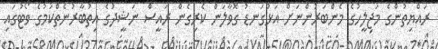
ރައްޔިތުންގެ މަޖިލީހުގެ މެންބަރުންނަށް އަޅުގަނޑު ގޮވާލަން ކެރިގެން ރައީސް ނަޝީދުގެ އިތުބާރުނެތްކަމުގެ ވޯޓުގައި